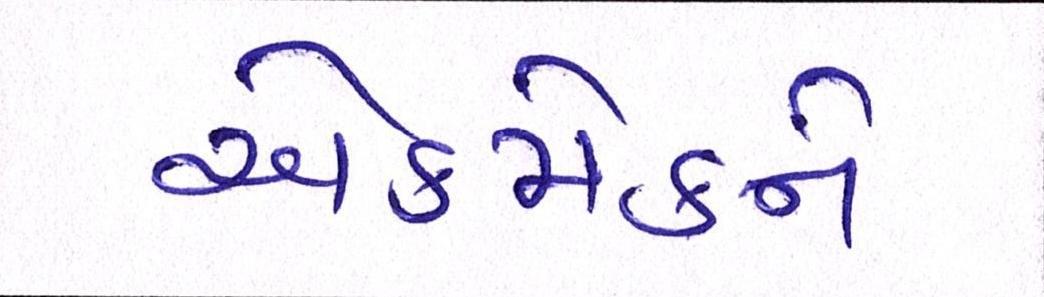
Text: એકમેકને